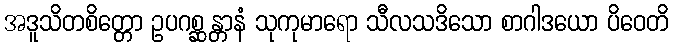
အဒူသိတစိတ္တော ဥပဂစ္ဆန္တာနံ သုကုမာရော သီလသဒိသော စာဂါဒယော ပိဝေတိ